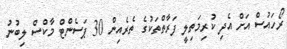
ރޯހައުސް އަށް އެދި ކުރިމަތިލީ ފަރާތްތަކުގެ ތެރެއިން 30 ޕަސެންޓް މާކްސް ލިބުނު